Tartu_linnavalitsus, lk 20
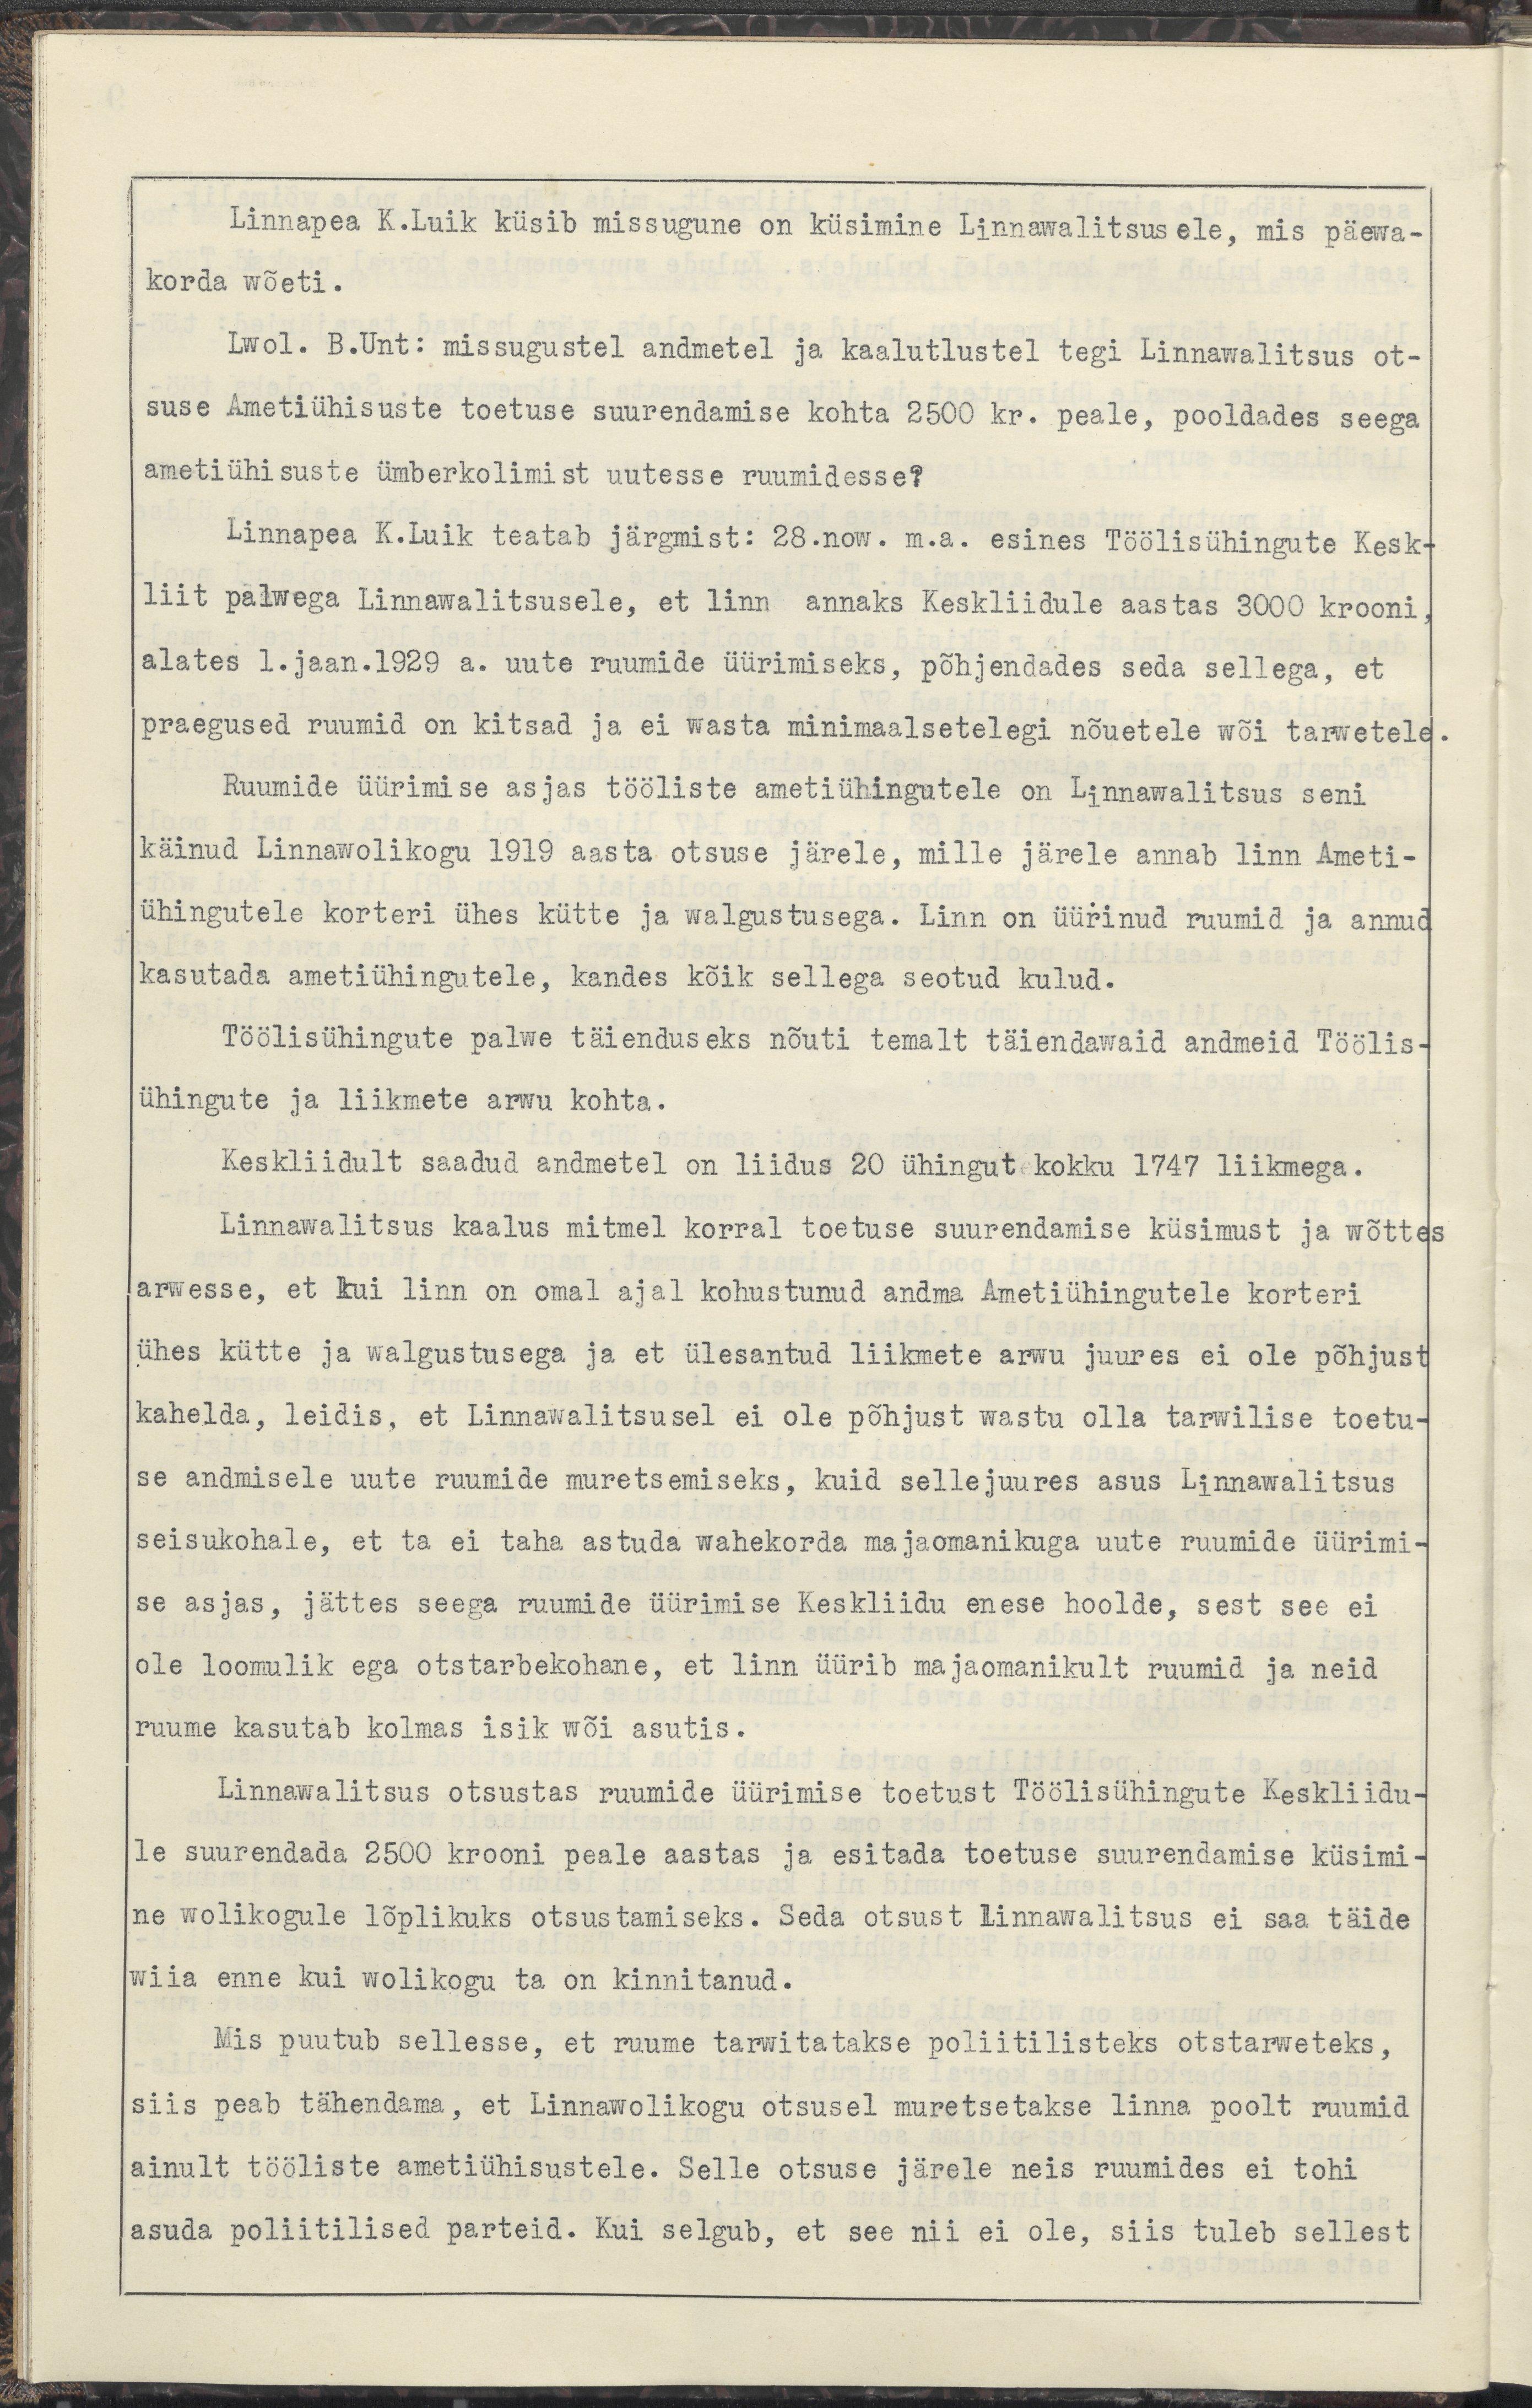
Linnapea K.Luik küsib missugune on küsimine Linnawalitsusele, mis päewa-
korda wõeti.
Lwol. B.Unt: missugustel andmetel ja kaalutlustel  tegi Linnawalitsus ot-
suse Ametiühisuste toetuse suurendamise kohta 2500 kr. peale, pooldades seega
ametiühisuste ümberkolimist uutesse ruumidesse?
Linnapea K.Luik teatab järgmist: 28.now m.a. esines Töölisühingute Kesk-
liit palwega Linnawalitsusele, et linn annaks Keskliidule aastas 3000 krooni,
alates 1.jaan.1929 a. uute ruumide üürimiseks, põhjendades seda sellega, et
praegused ruumid on kitsad ja ei wasta minimaalsetelegi nõuetele wõi tarwetele.
Ruumide üürimise asjas tööliste ametiühingutele on Linnawalitsus seni 
käinud Linnawolikogu 1919 aasta otsuse järele, mille järele annab linn Ameti-
ühingutele korteri ühes kütte ja walgustusega. Linn on üürinud ruumid ja annud 
kasutada ametiiühingutele, kandes kõik sellega seotud kulud.
Töölisühingute palwe täienduseks nõuti temalt täiendawaid andmeid Töölis-
ühingute ja liikmete arwu kohta.
Keskliidult saadud andmetel on liidus 20 ühingut kokku 1747 iikmega.
Linnawalitsus kaalus mitmel korral toetuse suurendamise küsimust ja wõttes
arwesse, et kui linn on omal ajal kohustunud namda Ametiühingutele korteri
ühes kütte ja walgustusega ja et ülesantud liikmete arwu juures ei ole põhjust
kahelda, leidis, et Linnawalitsusel ei ole põhjust wastu olla tarwilise toetu-
se andmisele uute ruumide muretsemiseks, kuid sellejuures asus Linnawalitsus
seisukohale, et ta ei taha astuda wahekorda majaomanikuga uute ruumide üürimi-
se asjas, jättes seega ruumide üürimise Keskliidu enese hoolde, sest see ei
ole loomulik ega otstarbekohane, et linn üürib majaomanikult ruumid ja neid 
ruume kasutab kolmas isik wõi asutis.
Linnawalitsus otsustas ruumide üürimise toetust Töölisühingute Keskliidu-
le suurendada 2500 krooni peale aastas ja esitada toetuse suurendamise küsimi-
ne wolikogule lõplikuks otsustamiseks. Seda otsust Linnawalitsus ei saa täide
wiia enne kui wolikogu ta on kinnitanud.
Mis puutub sellesse, et ruume tarwitatakse poliitilisteks otstarwetels.
siis peab tähendama, et Linnawolikogu otsusel muretsetakse linna poolt ruumid
ainult tööliste amrtiühisustele. Selle otsuse järele neis ruumides ei tohi
asuda poliitilised parteid. Kui selgub, et see nii ei ole, siis tuleb sellest